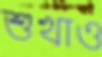
শুখাও